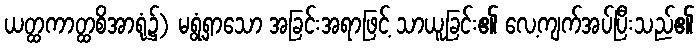
ယတ္ထကာတ္ထစိအာရုံ၌) မရွံ့ရှာသော အခြင်းအရာဖြင့် သာယူခြင်း၏ လေ့ကျက်အပ်ပြီးသည်၏